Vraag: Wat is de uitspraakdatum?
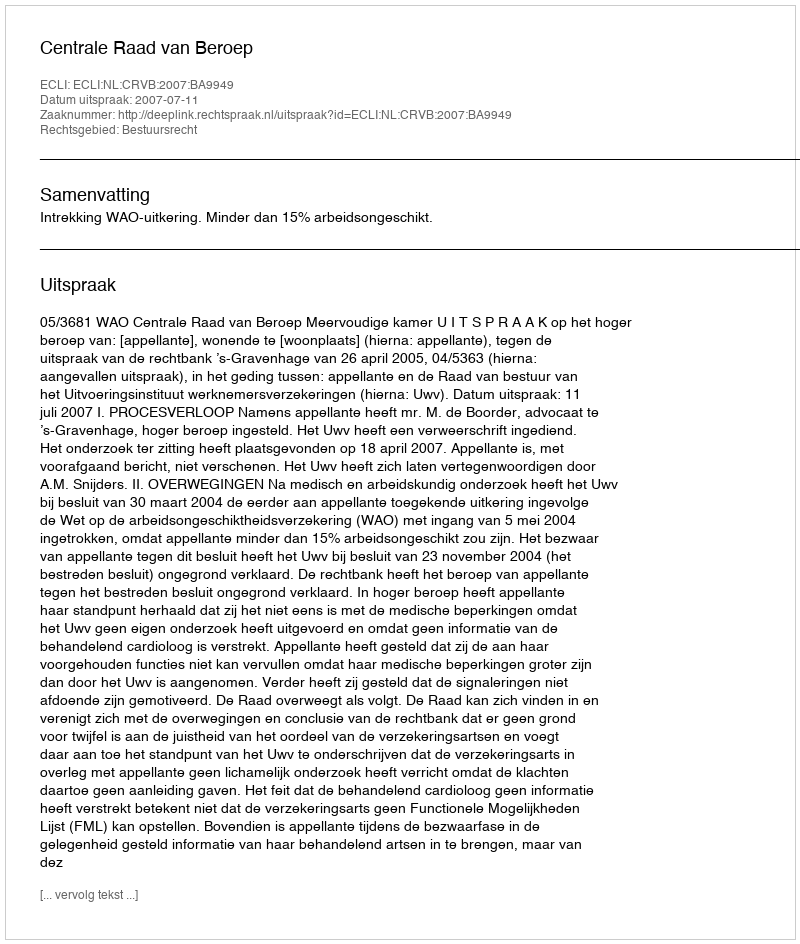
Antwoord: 2007-07-11